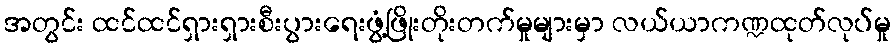
အတွင်း ထင်ထင်ရှားရှားစီးပွားရေးဖွံ့ဖြိုးတိုးတက်မှုများမှာ လယ်ယာကဏ္ဍထုတ်လုပ်မှု